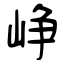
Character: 峥